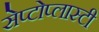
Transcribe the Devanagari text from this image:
सेप्टोप्लास्टी